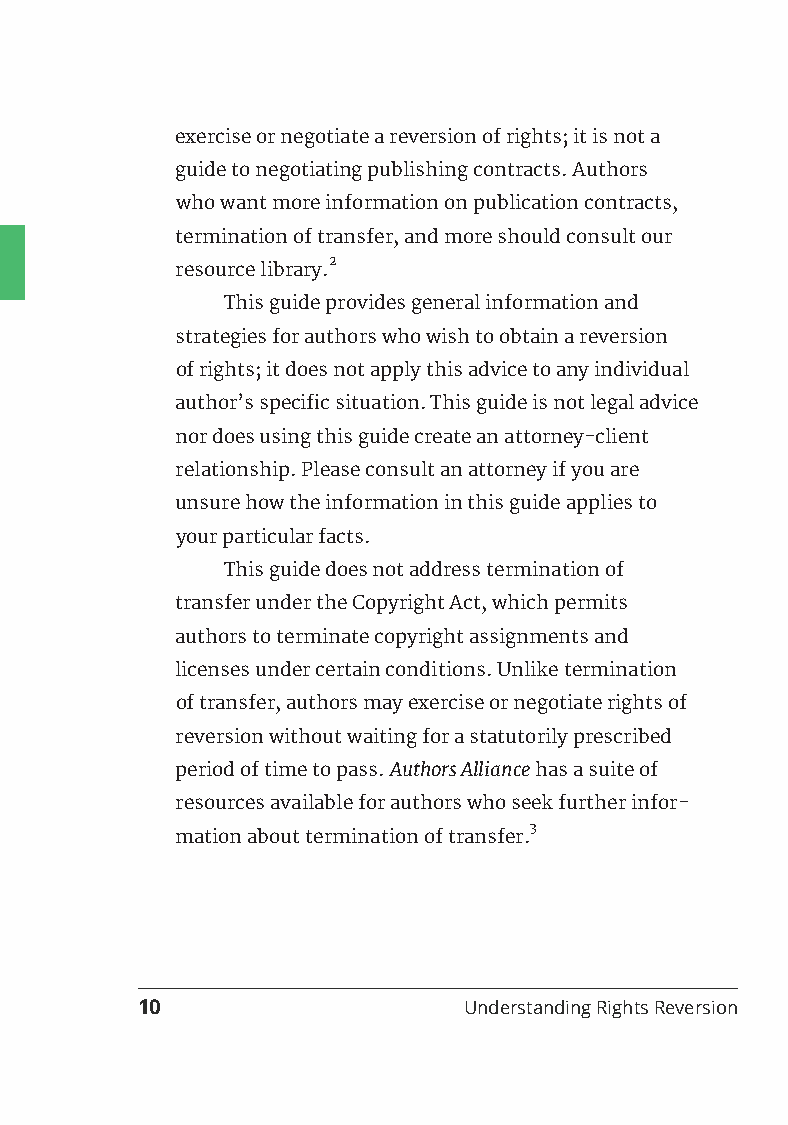
exercise or negotiate a reversion of rights; it is not a
 guide to negotiating publishing contracts. Authors
 who want more information on publication contracts,
 termination of transfer, and more should consult our
 2
 resource library.
 This guide provides general information and
 strategies for authors who wish to obtain a reversion
 of rights; it does not apply this advice to any individual
 author’s specific situation. This guide is not legal advice
 nor does using this guide create an attorney-client
 relationship. Please consult an attorney if you are
 unsure how the information in this guide applies to
 your particular facts.
 This guide does not address termination of
 transfer under the Copyright Act, which permits
 authors to terminate copyright assignments and
 licenses under certain conditions. Unlike termination
 of transfer, authors may exercise or negotiate rights of
 reversion without waiting for a statutorily prescribed
 period of time to pass. Authors Alliance has a suite of
 resources available for authors who seek further infor-
 3
 mation about termination of transfer.
 10                    Understanding Rights Reversion